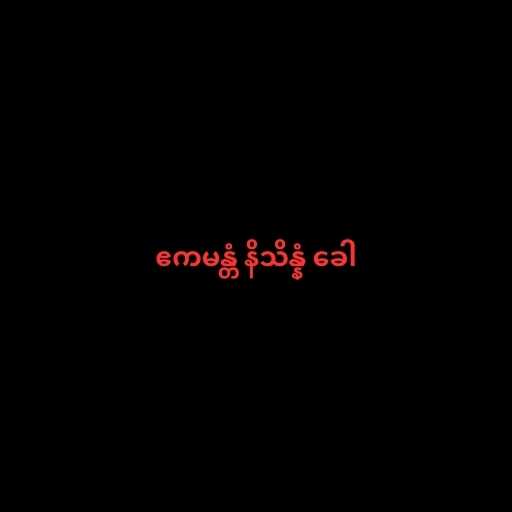
ဧကမန္တံ နိသိန္နံ ခေါ